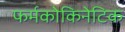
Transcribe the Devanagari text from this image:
फर्मकोकिनेटिक